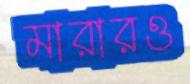
মারারও